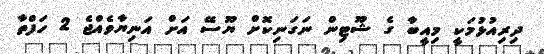
ދިރިއުޅުމަކީ މިއީބާ ގެ ޝޫޓިން ނަގަނިކޮށް ޔޫސޭ އަށް އަނިޔާވެއްޖެ 2 ހަފްތާ